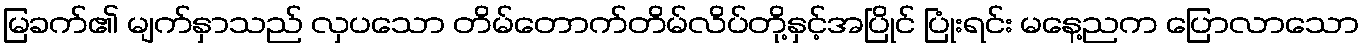
မြခက်၏ မျက်နှာသည် လှပသော တိမ်တောက်တိမ်လိပ်တို့နှင့်အပြိုင် ပြုံးရင်း မနေ့ညက ပြောလာသော